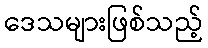
ဒေသများဖြစ်သည့်